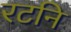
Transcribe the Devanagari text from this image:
रटनि